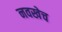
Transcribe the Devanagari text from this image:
नवखेच